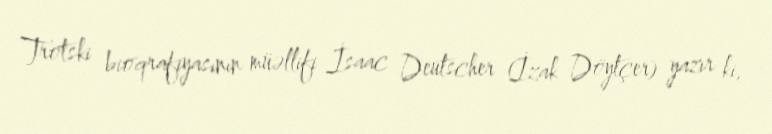
Trotski bioqrafiyasının müəllifi İsaac Deutscher (İzak Döytçer) yazır ki,